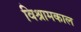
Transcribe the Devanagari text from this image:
विश्रामकाल